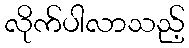
လိုက်ပါလာသည့်